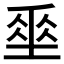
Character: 𡍮